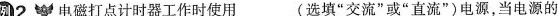
例2 电磁打点计时器工作时使用___(选填”交流”或”直流”)电源，当电源的